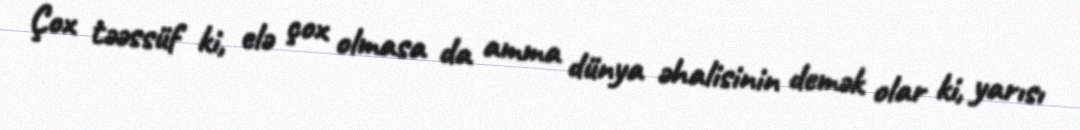
Çox təəssüf ki, elə çox olmasa da amma dünya əhalisinin demək olar ki, yarısı